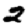
Digit: 2